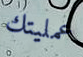
عمليتك